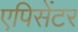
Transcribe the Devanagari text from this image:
एपिसेंटर